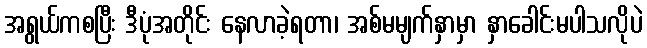
အရွယ်ကစပြီး ဒီပုံအတိုင်း နေလာခဲ့ရတာ၊ အစ်မမျက်နှာမှာ နှာခေါင်းမပါသလိုပဲ